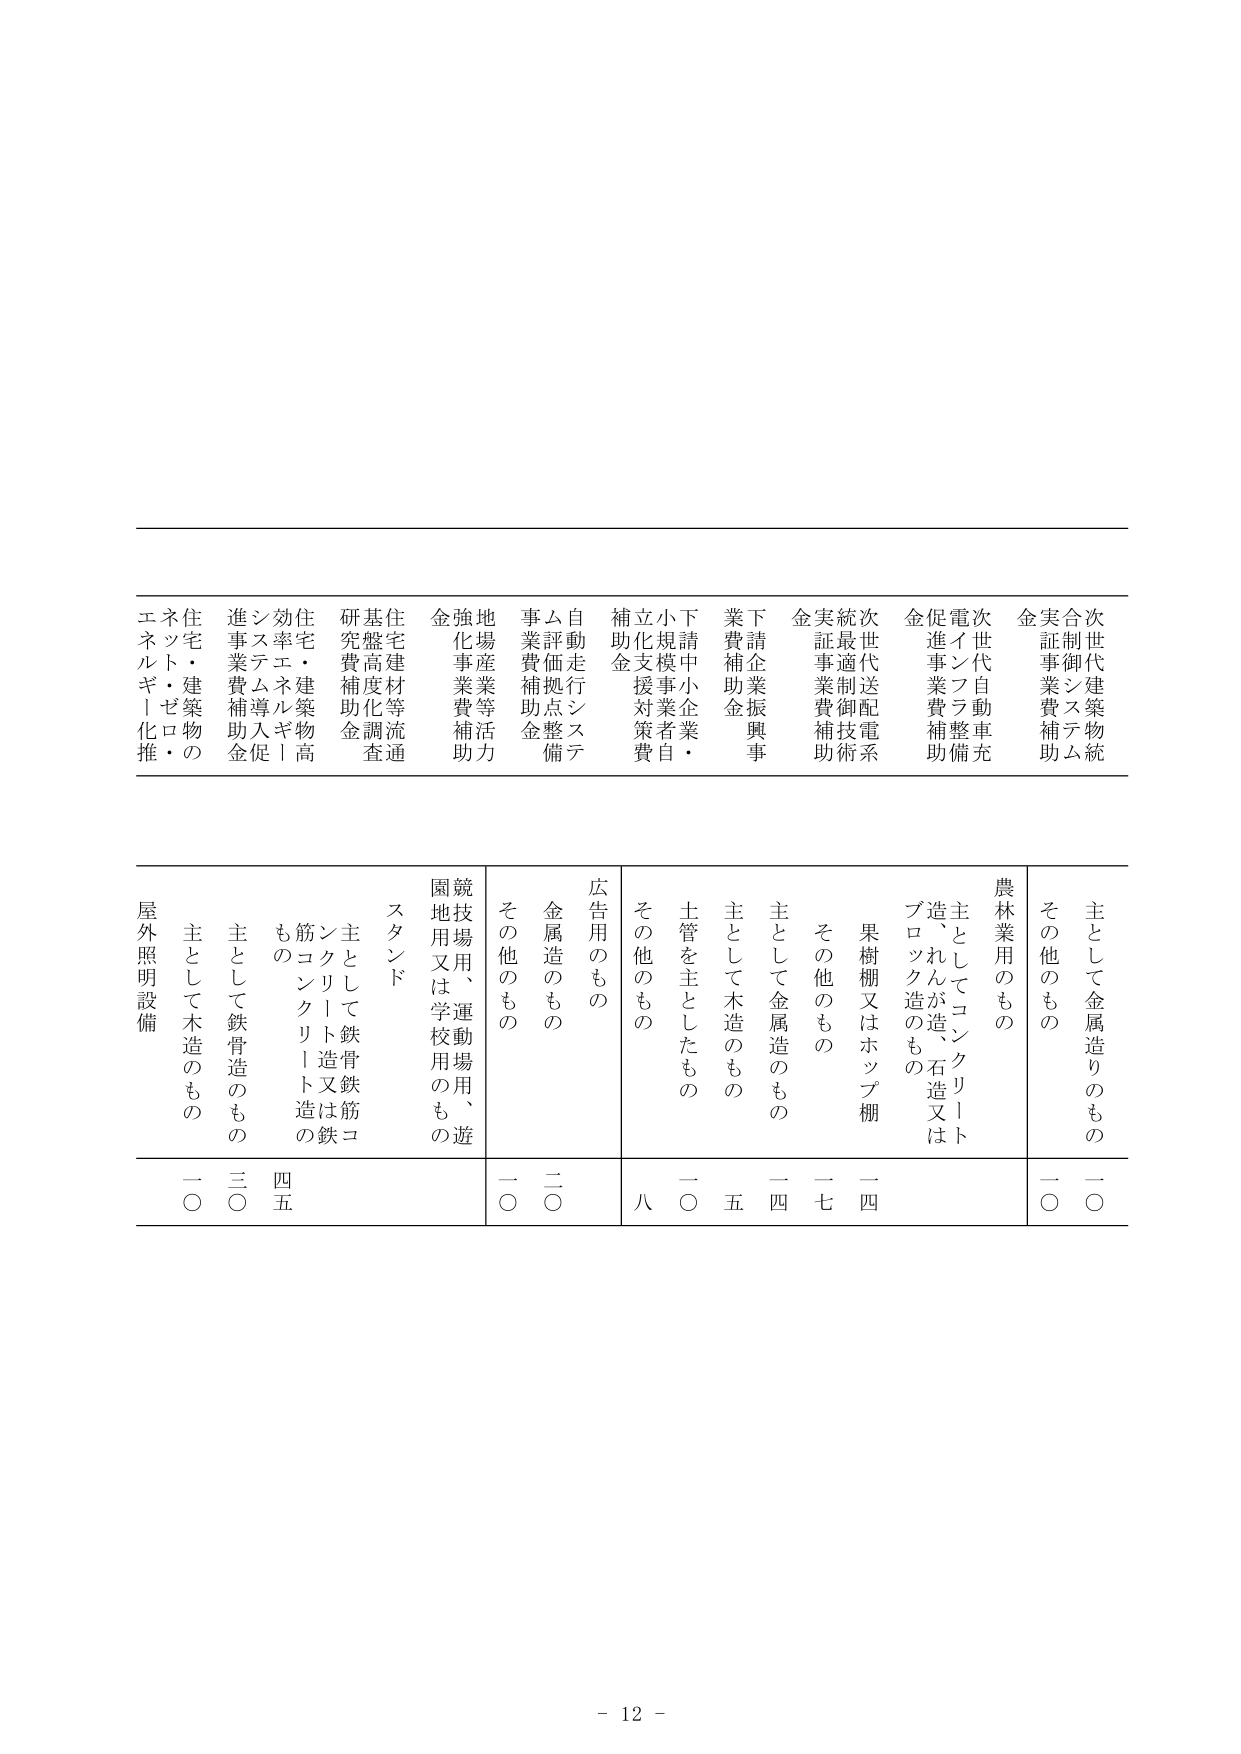
次世代建築物統合制御システム実証事業費補助金
次世代自動車充電インフラ整備促進事業費補助金
次世代送配電系統最適制御技術実証事業費補助金
下請企業振興事業費補助金
小規模事業者・立地支援対策費補助金
自動走行システム評価拠点整備事業費補助金
地場産業等活力強化事業費補助金
住宅建材等流通基盤高度化調査研究費補助金
住宅・建築物高効率エネルギー促進システム導入促進事業費補助金
住宅・建築物のネット・ゼロ・エネルギー化推進

主として金属造りのもの
その他のもの
農林業用のもの
主としてコンクリート造、れんが造、石造又はブロック造のもの
果樹棚又はホップ棚
その他のもの
主として金属造のもの
主として木造のもの
土管を主としたもの
その他のもの
広告用のもの
金属造のもの
その他のもの
競技場用、運動場用、遊園地用又は学校用のもの
スタンド
主として鉄骨鉄筋コンクリート造又は鉄筋コンクリート造のもの
その他のもの
主として鉄骨造のもの
主として木造のもの
屋外照明設備

一〇
三〇
四五
一〇
二〇
八
一〇
五
一四
一七
一四
一〇
一〇

- 12 -